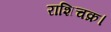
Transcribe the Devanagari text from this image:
राशिचक्र।